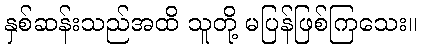
နှစ်ဆန်းသည်အထိ သူတို့ မပြန်ဖြစ်ကြသေး။